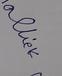
Signature authenticity: forged